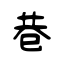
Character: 巷